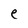
Character: e